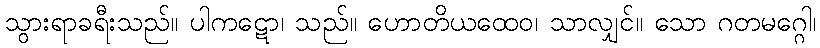
သွားရာခရီးသည်။ ပါကဋော၊ သည်။ ဟောတိယထေဝ၊ သာလျှင်။ သော ဂတမဂ္ဂေါ၊